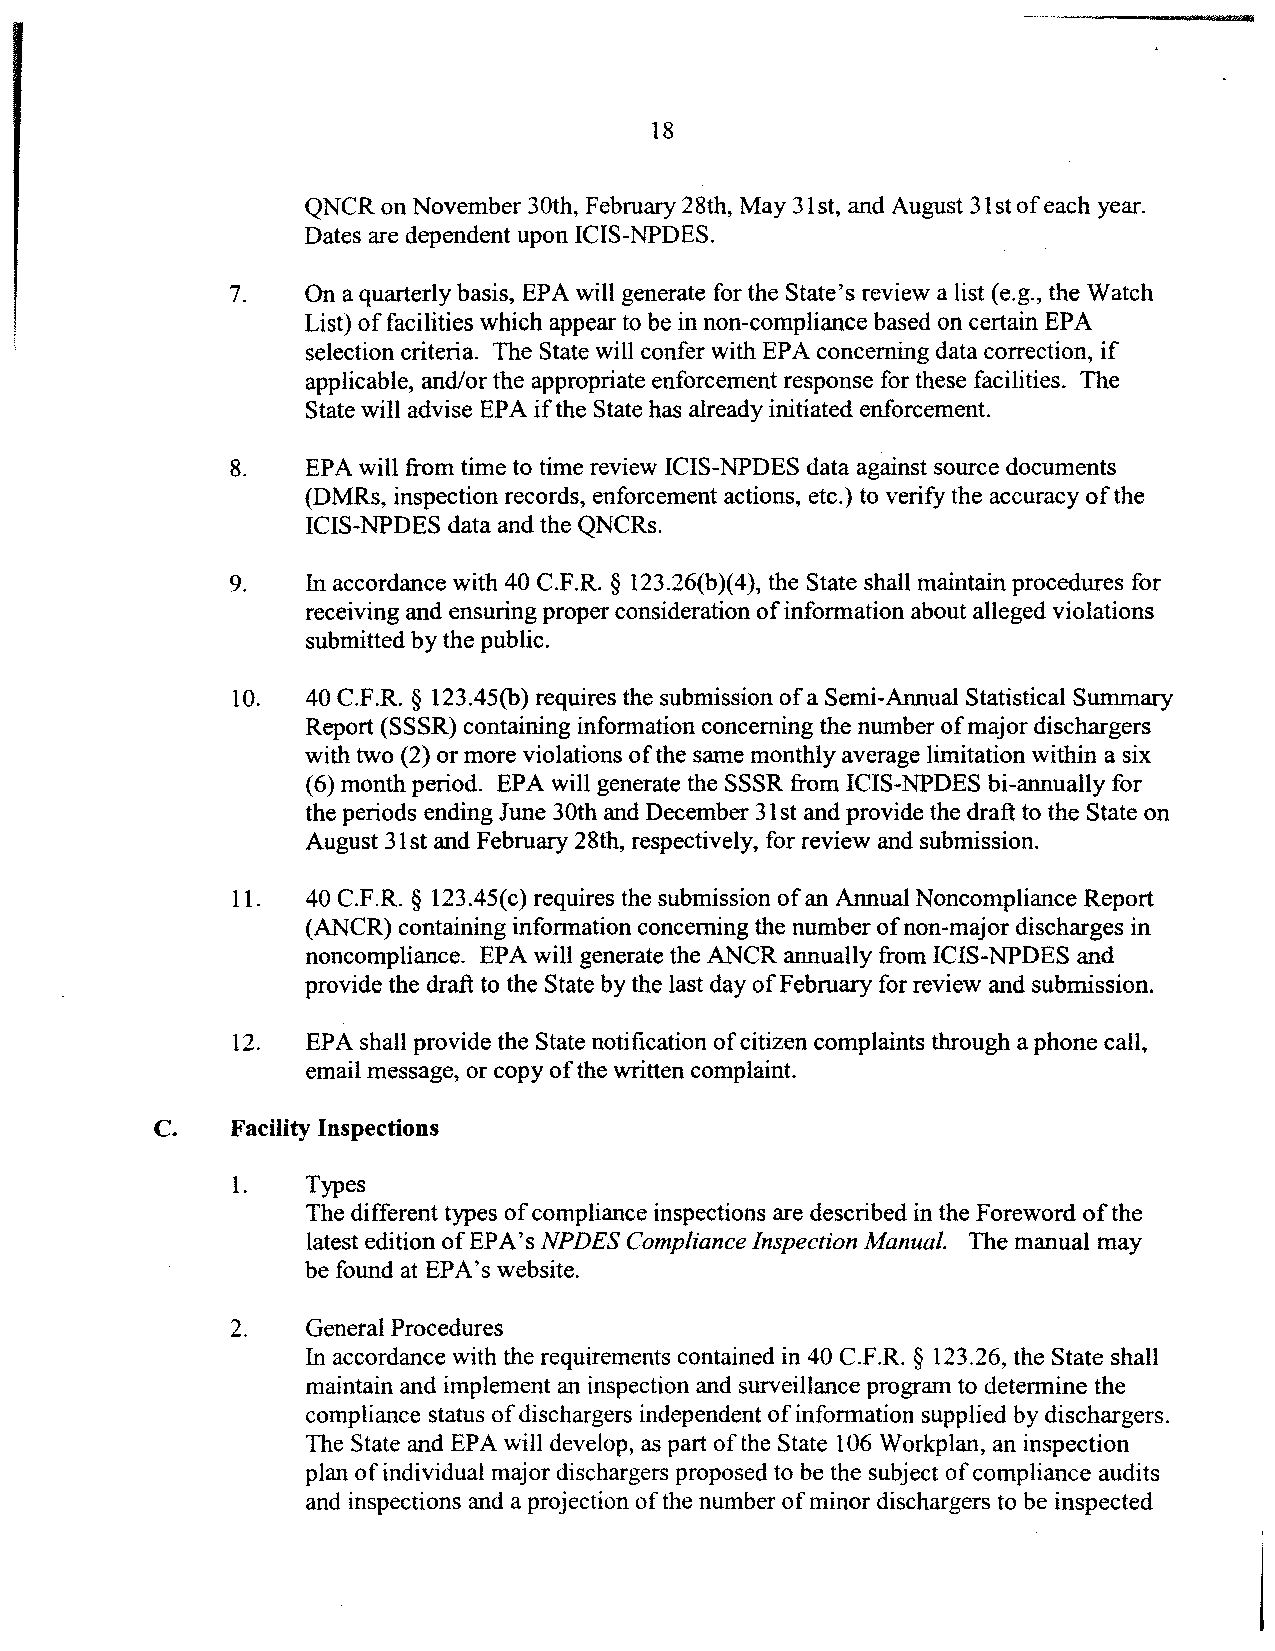
18
 QNCR on November 30th, February 28th, May 31 st, and August 31 st ofeach year.
 Dates are dependent upon ICIS-NPDES.
 7.   On a quarterly basis, EPA will generate for the State's review a list (e.g., the Watch
 List) of facilities which appear to be in non-compliance based on certain EPA
 selection criteria. The State will confer with EPA concerning data correction, if
 applicable, and/or the appropriate enforcement response for these facilities. The
 State will advise EPA if the State has already initiated enforcement.
 8.   EPA will from time to time review ICIS-NPDES data against source documents
 (DMRs, inspection records, enforcement actions, etc.) to verify the accuracy of the
 ICIS-NPDES data and the QNCRs.
 9.   In accordance with 40 C.F.R. § 123.26(b)(4), the State shall maintain procedures for
 receiving and ensuring proper consideration ofinformation about alleged violations
 submitted by the public.
 10.  40 C.F.R. § 123.45(b) requires the submission ofa Semi-Annual Statistical Summary
 Report (SSSR) containing information concerning the number ofmajor dischargers
 with two (2) or more violations of the same monthly average limitation within a six
 (6) month period. EPA will generate the SSSR from ICIS-NPDES bi-annually for
 the periods ending June 30th and December 31 st and provide the draft to the State on
 August 31st and February 28th, respectively, for review and submission.
 11.  40 C.F.R. § 123.45(c) requires the submission ofan Annual Noncompliance Report
 (ANCR) containing information concerning the number ofnon-major discharges in
 noncompliance. EPA will generate the ANCR annually from ICIS-NPDES and
 provide the draft to the State by the last day ofFebruary for review and submission.
 12.  EPA shall provide the State notification ofcitizen complaints through a phone call,
 email message, or copy ofthe written complaint.
 C.   Facility Inspections
 1.   Types
 The different types of compliance inspections are described in the Foreword of the
 latest edition of EPA's NPDES Compliance Inspection Manual. The manual may
 be found at EPA's website.
 2.   General Procedures
 In accordance with the requirements contained in 40 C.F.R. § 123.26, the State shall
 maintain and implement an inspection and surveillance program to determine the
 compliance status ofdischargers independent of information supplied by dischargers.
 The State and EPA will develop, as part of the State 106 Workplan, an inspection
 plan of individual major dischargers proposed to be the subject ofcompliance audits
 and inspections and a projection of the number of minor dischargers to be inspected